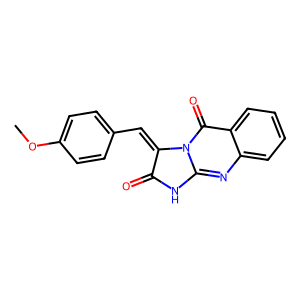
SMILES: COc1ccc(C=c2c(=O)[nH]c3nc4ccccc4c(=O)n23)cc1
Inhibits HIV replication: No